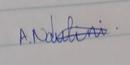
Signature authenticity: genuine